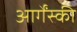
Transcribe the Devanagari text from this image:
आर्गेंस्की